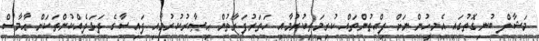
މަޝާލް ބުނިގޮތުގައި އެމީހުންނަށް ފިއްތުންތައް ކުރިމަތިކުރުމާއި ހަތަރުފަރާތުން ޙިޞާރުކުރުމާއި ފައިސާގެ ދަޅަދެއްކުންތަކަށް ޙާމާސް